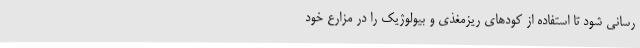
رسانی شود تا استفاده از کودهای ریزمغذی و بیولوژیک را در مزارع خود